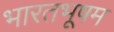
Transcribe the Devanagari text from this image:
भारतभूषम